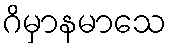
ဂိမှာနမာသေ